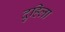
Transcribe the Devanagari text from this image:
दुहिला